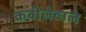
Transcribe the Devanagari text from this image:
कबीलेवाले